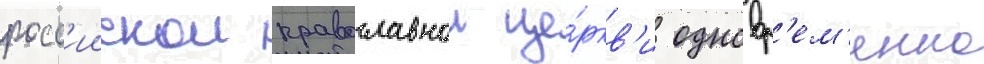
росс'иискои православнои це́ркв'и одновр'ем'енно